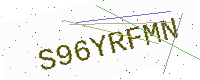
Text: S96YRFMN